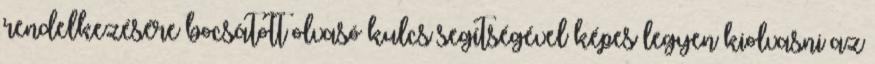
rendelkezésére bocsátott olvasó kulcs segítségével képes legyen kiolvasni az